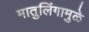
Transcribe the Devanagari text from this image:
मातुलिंगामुळे